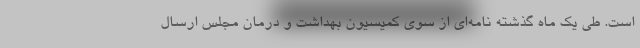
است. طی یک ماه گذشته نامه‌ای از سوی کمیسیون بهداشت و درمان مجلس ارسال